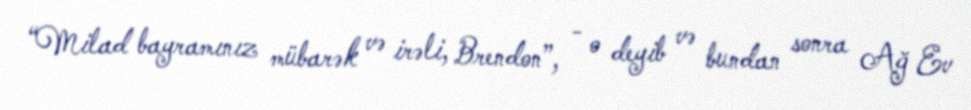
“Milad bayramınız mübarək və irəli, Brendon”, - o deyib və bundan sonra Ağ Ev